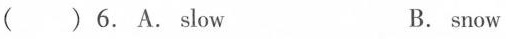
( )6. A. Slow B. snow